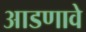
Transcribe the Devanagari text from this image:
आडणावे